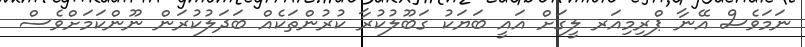
ނަމަވެސް އޭނާ ޕްރިމިއަރ ލީގަށް އައީ ބަޔަކު ގަބޫލުކުރާ ކުރުންތަކެއް ބަދަލުކުރަން ނޫންކަމަށްވެސް